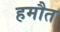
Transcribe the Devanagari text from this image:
हमौत